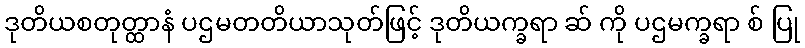
ဒုတိယစတုတ္ထာနံ ပဌမတတိယာသုတ်ဖြင့် ဒုတိယက္ခရာ ဆ် ကို ပဌမက္ခရာ စ် ပြု